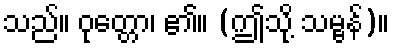
သည်။ ဝုတ္တော၊ ၏။ (ဤသို့ သမ္ဗန်)။